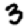
Digit: 3